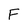
Character: F